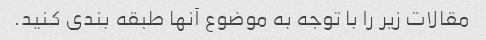
مقالات زیر را با توجه به موضوع آنها طبقه بندی کنید.